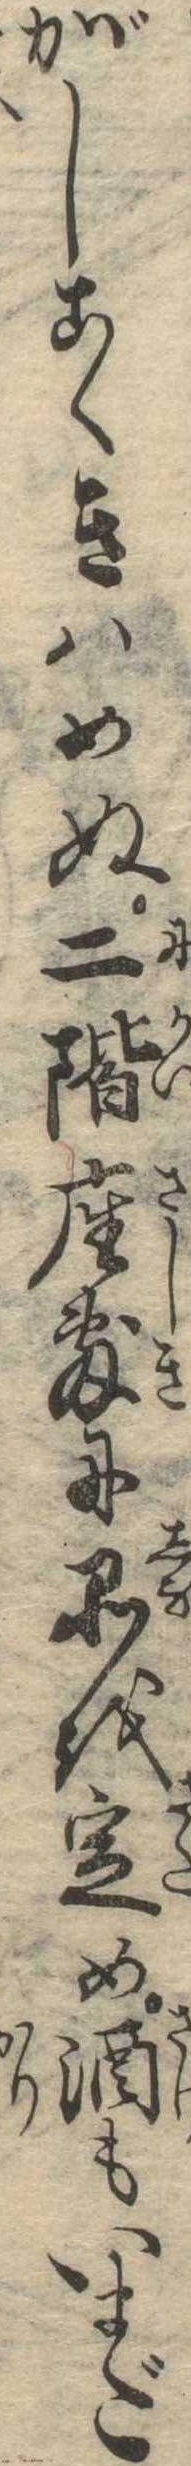
がしこくきはめぬ二階座敷に品を定め酒もいまだ